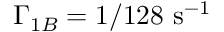
\Gamma _ { 1 B } = 1 / 1 2 8 \mathrm { ~ s } ^ { - 1 }